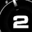
Digit: 2